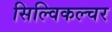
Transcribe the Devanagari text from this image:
सिल्विकल्चर